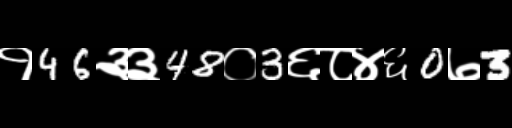
Text: १46३३48०3६८४६0७3